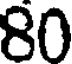
80